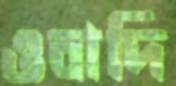
ওবাদি